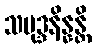
သမုဒ္ဒနိန္နန္တိ